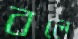
বলে